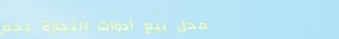
محل بيع أدوات النجارة بجم